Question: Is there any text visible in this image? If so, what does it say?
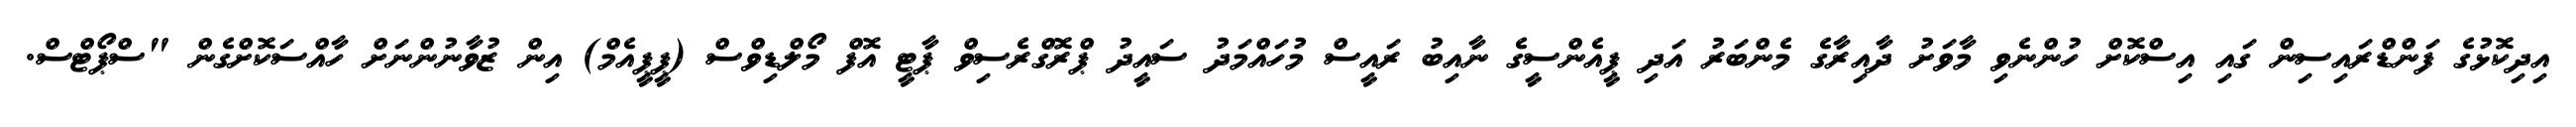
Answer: އިދިކޮޅުގެ ފަންޑްރައިސިން ގައި އިސްކޮށް ހުންނެވި މާވަށު ދާއިރާގެ މެންބަރު އަދި ޕީއެންސީގެ ނާއިބު ރައީސް މުހައްމަދު ސައީދު ޕްރޮގްރެސިވް ޕާޓީ އޮފް މޯލްޑިވްސް (ޕީޕީއެމް) އިން ޒުވާނުންނަށް ހާއްސަކޮށްގެން "ސްޕޯޓްސް.